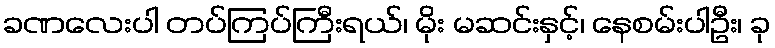
ခဏလေးပါ တပ်ကြပ်ကြီးရယ်၊ မိုး မဆင်းနှင့်၊ နေစမ်းပါဦး၊ ခု